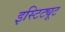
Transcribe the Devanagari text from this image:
इस्टिट्यूट